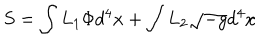
S = \int L _ { 1 } \Phi d ^ { 4 } x + \int L _ { 2 } \sqrt { - g } d ^ { 4 } x